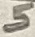
Text: 5